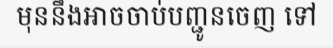
មុននឹងអាចចាប់បញ្ជូនចេញ ទៅ